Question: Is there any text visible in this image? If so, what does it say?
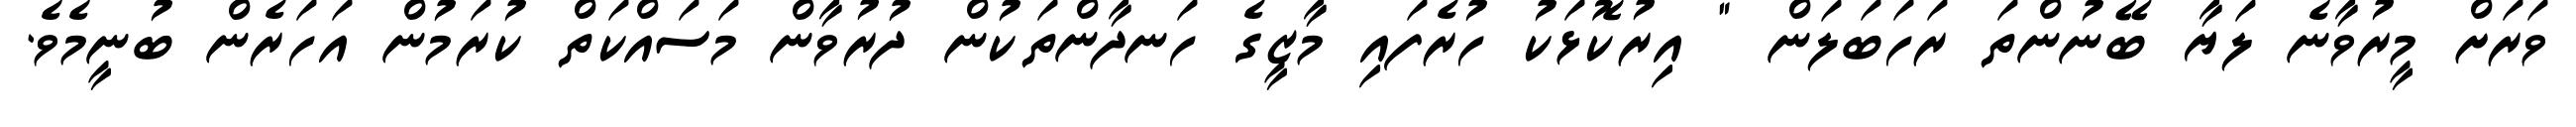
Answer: ވަރަށް މީރުވާނެ ލަޔާ ބޭނުންތަ ރަހަބަލަން " އިރުކޮޅަކު ހުރެފައި މާޒީގެ ހަނދާންތަކުން ދުރުވާން މަސައްކަތް ކުރަމުން އަހަރެން ބުނީމެވެ.